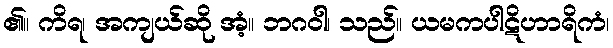
၏။ ကိရ၊ အကျယ်ဆို အံ့။ ဘဂဝါ၊ သည်။ ယမကပါဋိဟာရိကံ၊